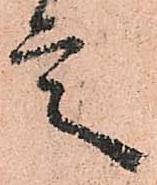
言